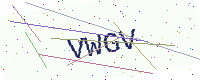
Text: VWGV